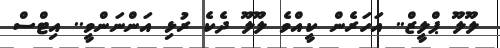
ލޫލޫ ޕްލީޒް.. އަހަރެން ކީއްވެ ލޫލޫ ދެކެ ރުޅި އަންނަންވީ.. އިޓްސް